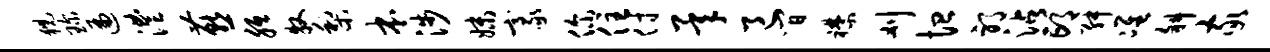
猊琛遍澧燕胝牧梨本涉妹豪你住付承邑间襟刈恤邪沾邙舛准斜家